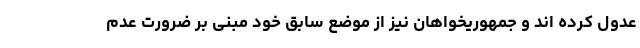
عدول کرده اند و جمهوریخواهان نیز از موضع سابق خود مبنی بر ضرورت عدم